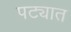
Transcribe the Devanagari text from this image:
पट्यात